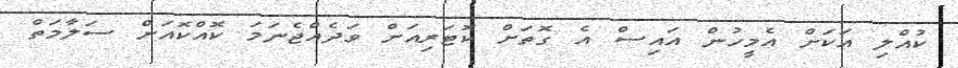
ކުއްލި އަކަށް އެމީހުން އައިސް އެ ގޮތަށް ކޮޓަރިއަށް ވަދެއްޖެނަމަ ކޮއްކޮއަށް ސަލާމަތް